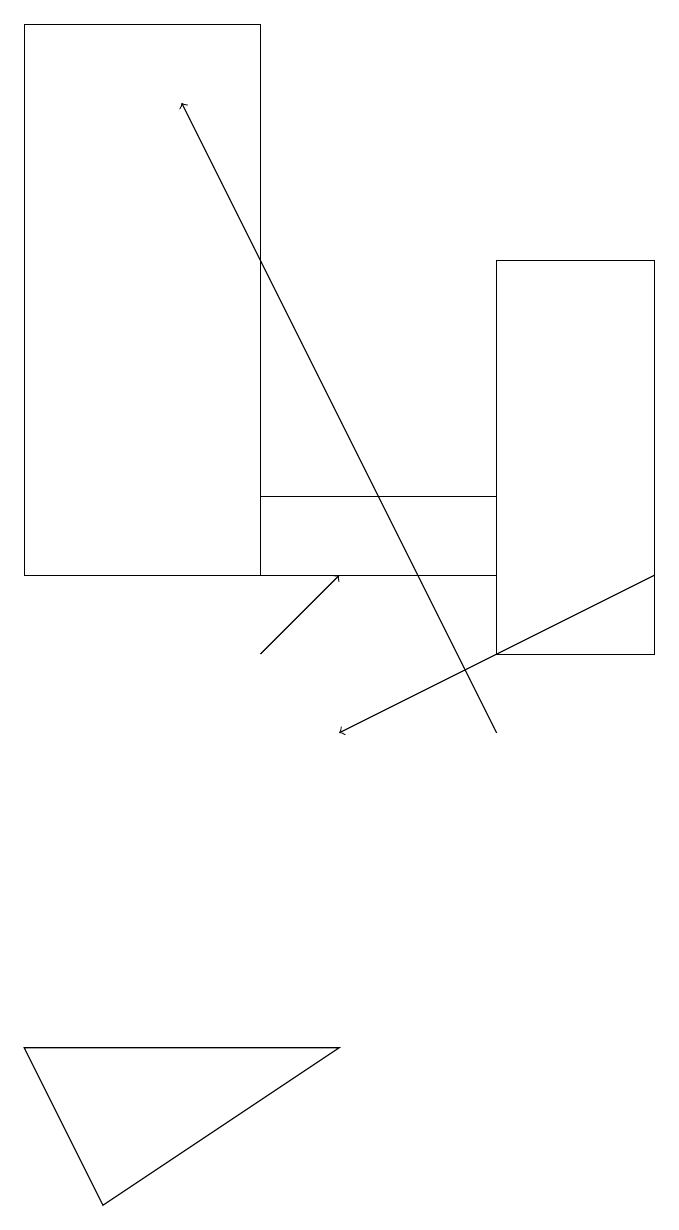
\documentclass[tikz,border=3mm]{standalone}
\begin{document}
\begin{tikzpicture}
\draw (1,6) -- (2,4) -- (5,6) -- cycle;
\draw[->] (9,12) -- (5,10);
\draw (4,19) rectangle (1,12);
\draw[->] (4,11) -- (5,12);
\draw (9,11) rectangle (7,16);
\draw (4,13) rectangle (7,12);
\draw[->] (7,10) -- (3,18);
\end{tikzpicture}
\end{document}